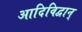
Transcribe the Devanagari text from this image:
आदिविद्वान्‌